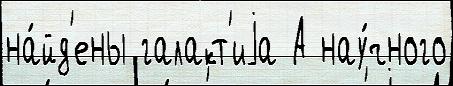
на́йд'ены галакт'иjа А нау́чного